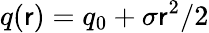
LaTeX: q(\mathsf{r})=q_{0}+\sigma\mathsf{r}^{2}/2